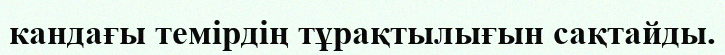
кандағы темірдің тұрақтылығын сақтайды.